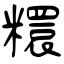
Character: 糫